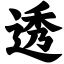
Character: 透